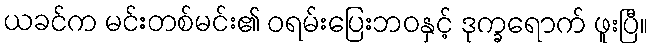
ယခင်က မင်းတစ်မင်း၏ ဝရမ်းပြေးဘဝနှင့် ဒုက္ခရောက် ဖူးပြီ။